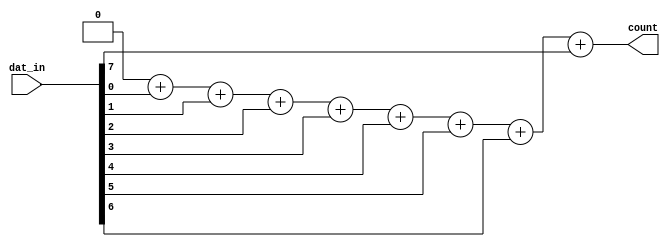
module ones_count(output reg [3:0] count, input [7:0] dat_in);

    integer k;

    always @(*) begin
        count = 4'd0;
        for(k=0; k<=7; k=k+1)
            count = count + dat_in[k];
    end

endmodule